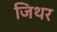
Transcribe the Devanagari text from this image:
जिथर